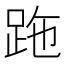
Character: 𧿶